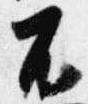
不